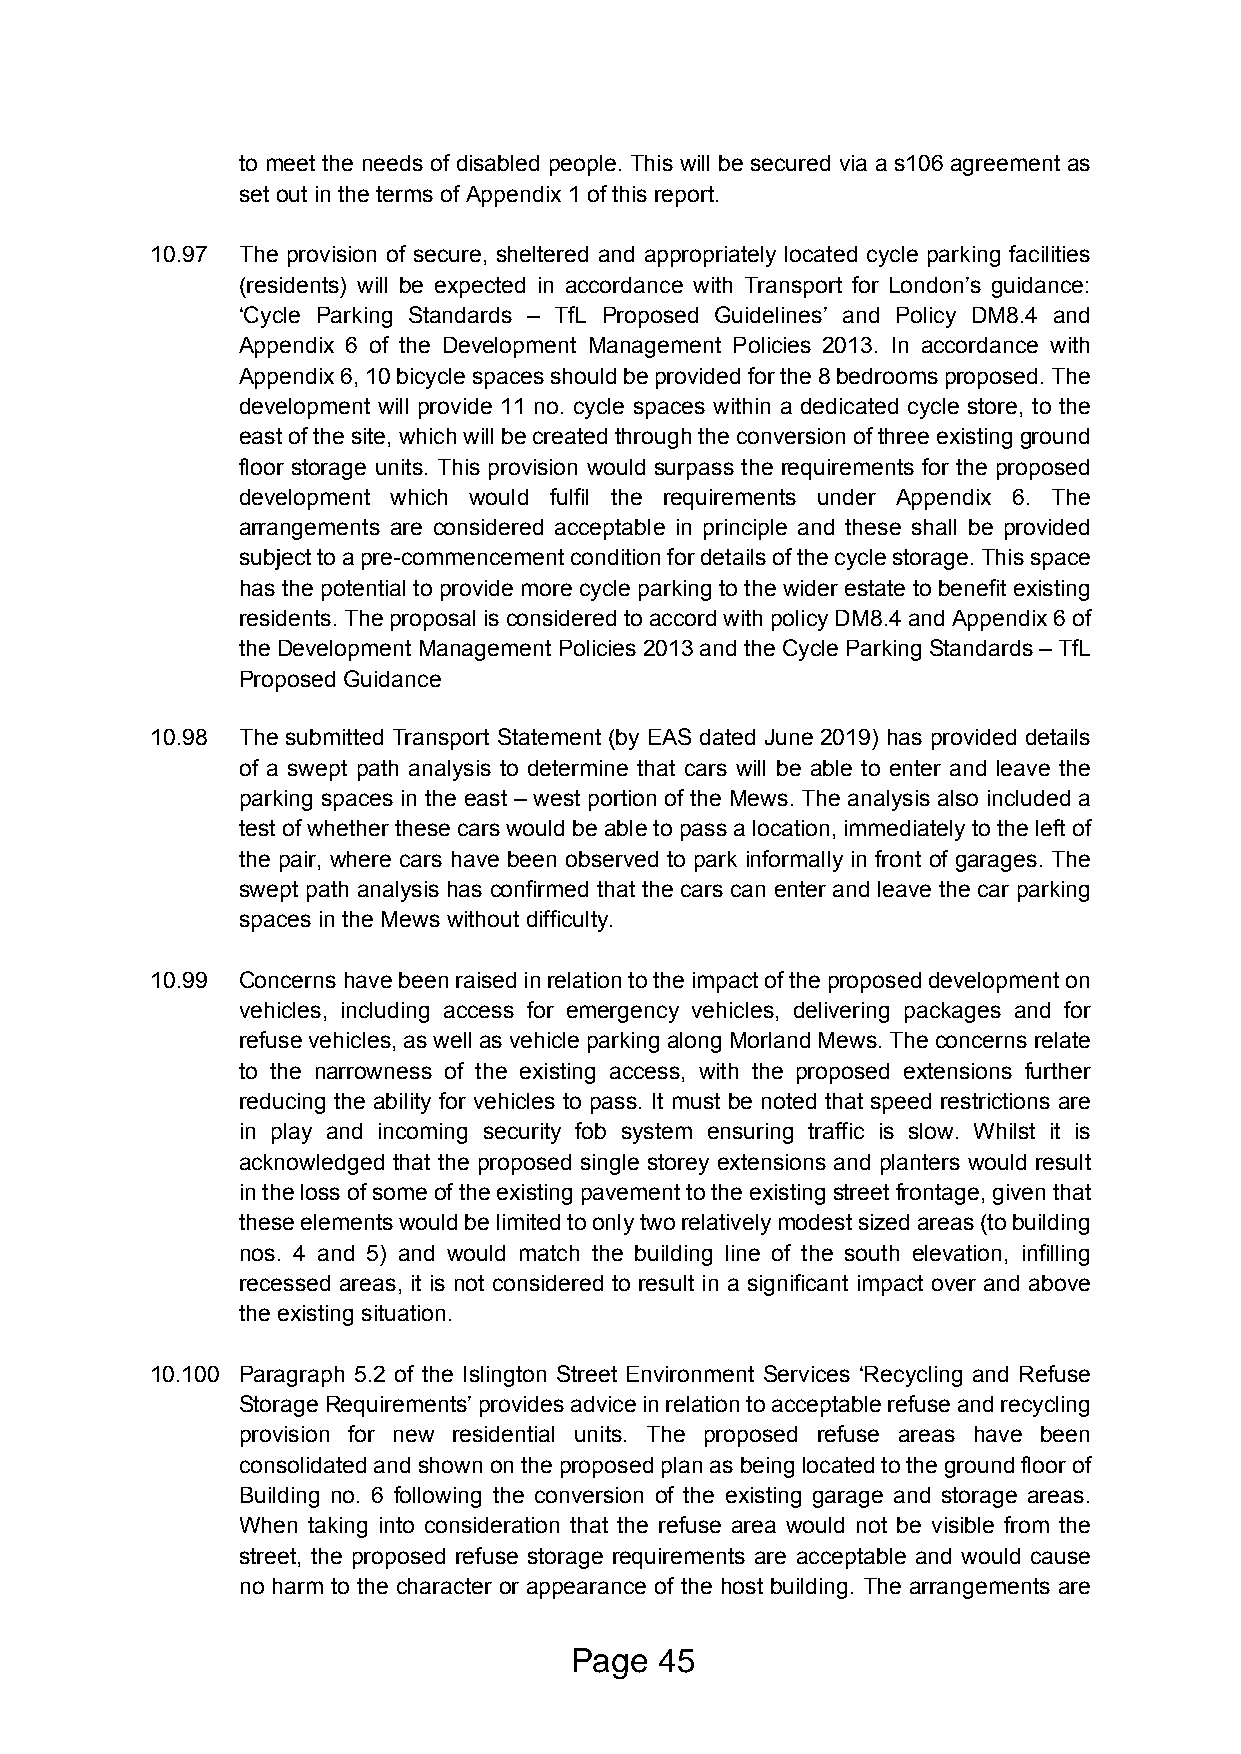
to meet the needs of disabled people. This will be secured via a s106 agreement as
 set out in the terms of Appendix 1 of this report.
 10.97 The provision of secure, sheltered and appropriately located cycle parking facilities
 (residents) will be expected in accordance with Transport for London’s guidance:
 ‘Cycle Parking Standards – TfL Proposed Guidelines’ and Policy DM8.4 and
 Appendix 6 of the Development Management Policies 2013. In accordance with
 Appendix 6, 10 bicycle spaces should be provided for the 8 bedrooms proposed. The
 development will provide 11 no. cycle spaces within a dedicated cycle store, to the
 east of the site, which will be created through the conversion of three existing ground
 floor storage units. This provision would surpass the requirements for the proposed
 development which would fulfil the requirements under Appendix 6. The
 arrangements are considered acceptable in principle and these shall be provided
 subject to a pre-commencement condition for details of the cycle storage. This space
 has the potential to provide more cycle parking to the wider estate to benefit existing
 residents. The proposal is considered to accord with policy DM8.4 and Appendix 6 of
 the Development Management Policies 2013 and the Cycle Parking Standards – TfL
 Proposed Guidance
 10.98 The submitted Transport Statement (by EAS dated June 2019) has provided details
 of a swept path analysis to determine that cars will be able to enter and leave the
 parking spaces in the east – west portion of the Mews. The analysis also included a
 test of whether these cars would be able to pass a location, immediately to the left of
 the pair, where cars have been observed to park informally in front of garages. The
 swept path analysis has confirmed that the cars can enter and leave the car parking
 spaces in the Mews without difficulty.
 10.99 Concerns have been raised in relation to the impact of the proposed development on
 vehicles, including access for emergency vehicles, delivering packages and for
 refuse vehicles, as well as vehicle parking along Morland Mews. The concerns relate
 to the narrowness of the existing access, with the proposed extensions further
 reducing the ability for vehicles to pass. It must be noted that speed restrictions are
 in play and incoming security fob system ensuring traffic is slow. Whilst it is
 acknowledged that the proposed single storey extensions and planters would result
 in the loss of some of the existing pavement to the existing street frontage, given that
 these elements would be limited to only two relatively modest sized areas (to building
 nos. 4 and 5) and would match the building line of the south elevation, infilling
 recessed areas, it is not considered to result in a significant impact over and above
 the existing situation.
 10.100 Paragraph 5.2 of the Islington Street Environment Services ‘Recycling and Refuse
 Storage Requirements’ provides advice in relation to acceptable refuse and recycling
 provision for new residential units. The proposed refuse areas have been
 consolidated and shown on the proposed plan as being located to the ground floor of
 Building no. 6 following the conversion of the existing garage and storage areas.
 When taking into consideration that the refuse area would not be visible from the
 street, the proposed refuse storage requirements are acceptable and would cause
 no harm to the character or appearance of the host building. The arrangements are
 Page  45